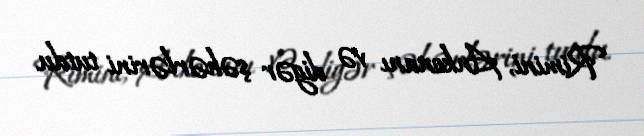
Rimini, Ankonanı və digər şəhərlərini tutdu.